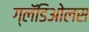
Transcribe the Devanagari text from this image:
ग्लॅडिओलस